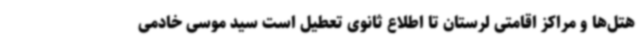
هتل‌ها و مراکز اقامتی لرستان تا اطلاع ثانوی تعطیل است سید موسی خادمی